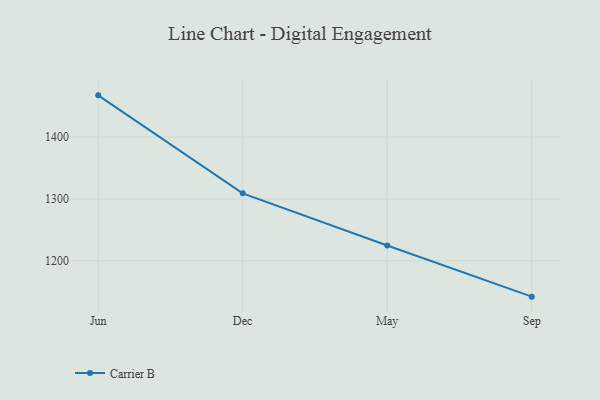
{"axis": {"x": "Month", "y": "Shipments"}, "legend": ["Carrier B"], "data": [{"x": "Jun", "y": 1467.4, "type": "Carrier B"}, {"x": "Dec", "y": 1309.1, "type": "Carrier B"}, {"x": "May", "y": 1224.9, "type": "Carrier B"}, {"x": "Sep", "y": 1142.2, "type": "Carrier B"}]}